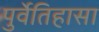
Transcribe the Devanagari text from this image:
पुर्वेतिहासा